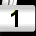
Digit: 1